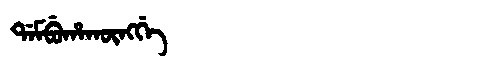
Manchu: ᡩᠠᠮᠪᡠᡥᠠᡴᡡᠩᡤᡝ
Romanization: DAMBUHAKŪNGGE